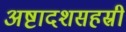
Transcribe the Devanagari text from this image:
अष्टादशसहस्री